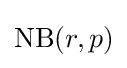
\mathrm {NB} (r,p)